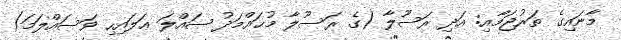
މާނައިގެ ތަރުޖަމާއި: އަދި ރަސޫލާ (ގެ ރަސޫލާ މުޙައްމަދު ޞައްލަ ޢަލައިހި ޥަސައްލަމަ)